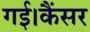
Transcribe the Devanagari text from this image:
गई।कैंसर